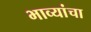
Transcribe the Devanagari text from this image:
भाव्यांचा